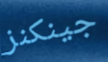
جينكنز